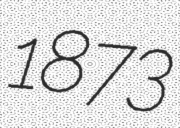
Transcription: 1873